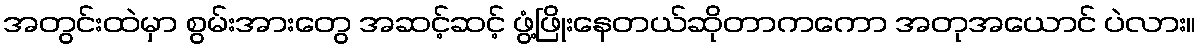
အတွင်းထဲမှာ စွမ်းအားတွေ အဆင့်ဆင့် ဖွံ့ဖြိုးနေတယ်ဆိုတာကကော အတုအယောင် ပဲလား။